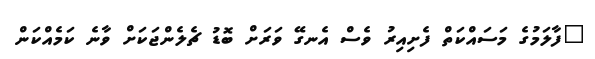
"ފާލަމުގެ މަސައްކަތް ފެށިއިރު ވެސް އެނގޭ ވަރަށް ބޮޑު ޗެލެންޖަކަށް ވާނެ ކަމެއްކަން